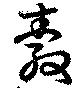
縠